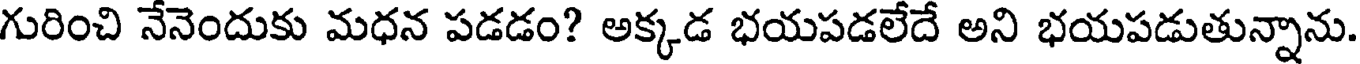
గురించి నేనెందుకు మధన పడడం? అక్కడ భయపడలేదే అని భయపడుతున్నాను.